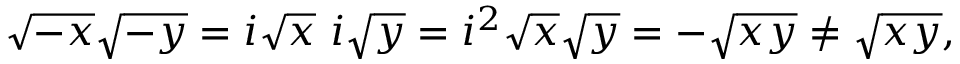
{ \sqrt { - x } } { \sqrt { - y } } = i { \sqrt { x } } \ i { \sqrt { y } } = i ^ { 2 } { \sqrt { x } } { \sqrt { y } } = - { \sqrt { x y } } \neq { \sqrt { x y } } ,